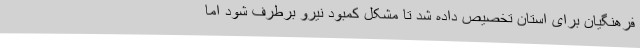
فرهنگیان برای استان تخصیص داده شد تا مشکل کمبود نیرو برطرف شود اما